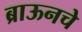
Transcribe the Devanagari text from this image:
ब्राऊनचेेे